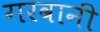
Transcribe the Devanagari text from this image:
गरवानी